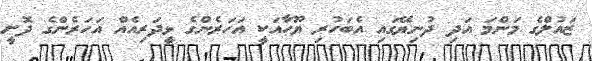
ޒައުލްގެ މަންމަ އަދި ދުނިޔޭގައި އެބަހުރި ޔޫހާއަކީ އަހަރެންގެ ޅީދަރިއެއް އަހަރެންގެ ދޮށީ